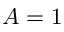
A = 1